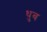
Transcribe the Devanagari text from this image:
धुब